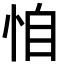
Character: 𢙆